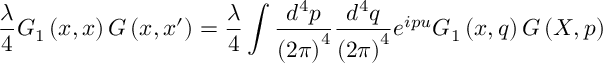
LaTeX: \frac \lambda 4 G _ { 1 } \left( x , x \right) G \left( x , x ^ { \prime } \right) = \frac \lambda 4 \int \frac { d ^ { 4 } p } { \left( 2 \pi \right) ^ { 4 } } \frac { d ^ { 4 } q } { \left( 2 \pi \right) ^ { 4 } } e ^ { i p u } G _ { 1 } \left( x , q \right) G \left( X , p \right)